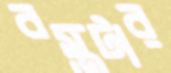
বস্তুটার